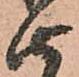
由